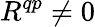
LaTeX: R^{qp}\ne 0